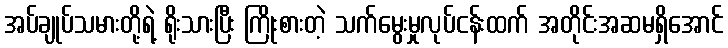
အပ်ချုပ်သမားတို့ရဲ့ ရိုးသားပြီး ကြိုးစားတဲ့ သက်မွေးမှုလုပ်ငန်းထက် အတိုင်းအဆမရှိအောင်